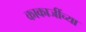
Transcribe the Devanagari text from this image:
काकाजींच्या